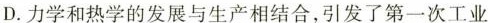
D.力学和热学的发展与生产相结合，引发了第一次工业